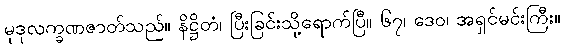
မုဒုလက္ခဏဇာတ်သည်။ နိဋ္ဌိတံ၊ ပြီးခြင်းသို့ရောက်ပြီ။ ၆၇၊ ဒေဝ၊ အရှင်မင်းကြီး။